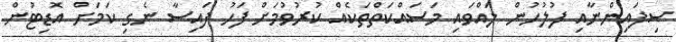
ސިފައިންނާއި ފުލުހުން ލައްވައި މަސައްކަތްތަކެއް ކުރުވުމަށް ފަހު ފައިސާ ނެގި ކަމަށް އޮޑިޓުން